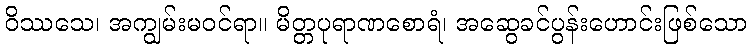
ဝိဿသေ၊ အကျွမ်းမဝင်ရာ။ မိတ္တပုရာဏစောရံ၊ အဆွေခင်ပွန်းဟောင်းဖြစ်သော